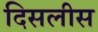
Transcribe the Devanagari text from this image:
दिसलीस